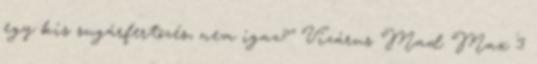
egy kis sugárfertõzés, nem igaz?" Vízárus Mad Max 3